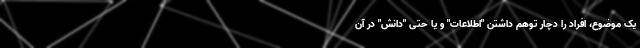
یک موضوع، افراد را دچار توهم داشتن "اطلاعات" و یا حتی "دانش" در آن